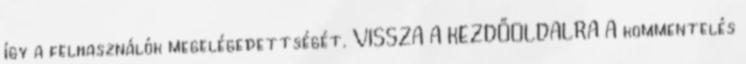
így a felhasználók megelégedettségét. VISSZA A KEZDŐOLDALRA A kommentelés